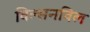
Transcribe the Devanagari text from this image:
विल्सनविल